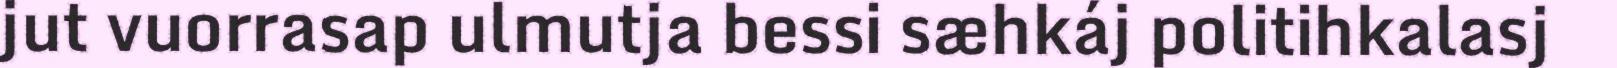
jut vuorrasap ulmutja bessi sæhkáj politihkalasj